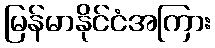
မြန်မာနိုင်ငံအကြား